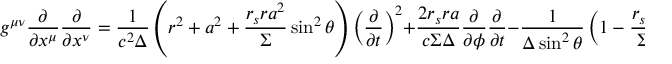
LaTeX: g ^ { \mu \nu } { \frac { \partial } { \partial x ^ { \mu } } } { \frac { \partial } { \partial x ^ { \nu } } } = { \frac { 1 } { c ^ { 2 } \Delta } } \left( r ^ { 2 } + a ^ { 2 } + { \frac { r _ { s } r a ^ { 2 } } { \Sigma } } \sin ^ { 2 } \theta \right) \left( { \frac { \partial } { \partial t } } \right) ^ { 2 } + { \frac { 2 r _ { s } r a } { c \Sigma \Delta } } { \frac { \partial } { \partial \phi } } { \frac { \partial } { \partial { t } } } - { \frac { 1 } { \Delta \sin ^ { 2 } \theta } } \left( 1 - { \frac { r _ { s } r } { \Sigma } } \right) \left( { \frac { \partial } { \partial \phi } } \right) ^ { 2 } - { \frac { \Delta } { \Sigma } } \left( { \frac { \partial } { \partial r } } \right) ^ { 2 } - { \frac { 1 } { \Sigma } } \left( { \frac { \partial } { \partial \theta } } \right) ^ { 2 }